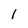
Character: 1